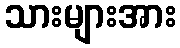
သားများအား